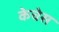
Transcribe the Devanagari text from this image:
केचेस